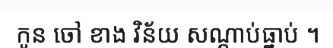
កូន ចៅ ខាង វិន័យ សណ្តាប់ធ្នាប់ ។